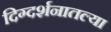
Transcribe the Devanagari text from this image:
दिग्दर्शनातल्या